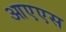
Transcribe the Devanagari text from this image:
आएएस